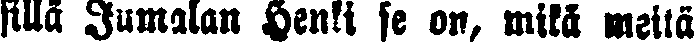
sillä Jumalan Henki se on, mikä meitä